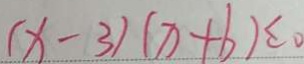
( x - 3 ) ( x + b ) \leq 0